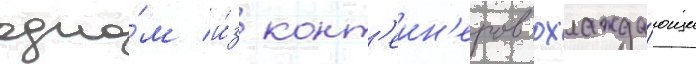
одно́м и́з конт'еин'еров охлажда́ющие